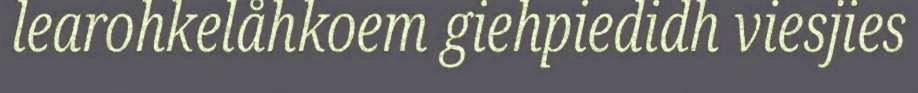
learohkelåhkoem giehpiedidh viesjies